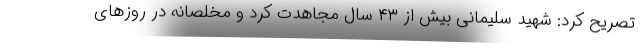
تصریح کرد: شهید سلیمانی بیش از ۴۳ سال مجاهدت کرد و مخلصانه در روزهای